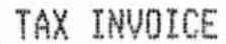
TAX INVOICE